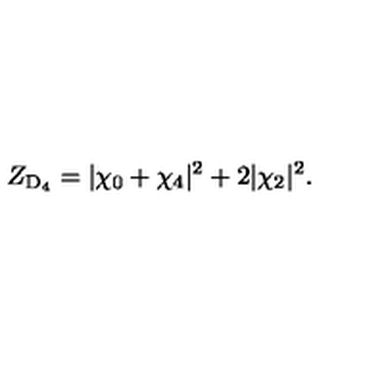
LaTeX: Z _ { \mathrm { D } _ { 4 } } = | \chi _ { 0 } + \chi _ { 4 } | ^ { 2 } + 2 | \chi _ { 2 } | ^ { 2 } .